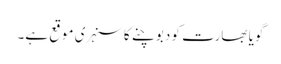
گویا بھارت کو دبوچنے کا سنہری موقع ہے۔